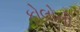
કોલોની